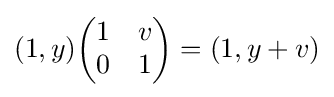
(1,y){\begin{pmatrix}1&v\\0&1\end{pmatrix}}=(1,y+v)